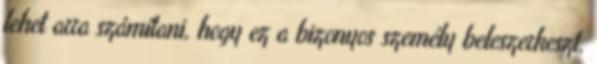
lehet arra számítani, hogy ez a bizonyos személy beleszerkeszt,